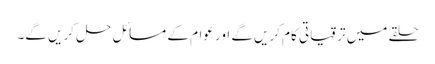
حلقے میں ترقیاتی کام کریں گے اور عوام کے مسائل حل کریں گے۔